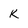
Character: k